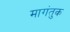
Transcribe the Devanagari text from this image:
मागंतुक